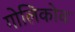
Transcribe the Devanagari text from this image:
गोलिकोव